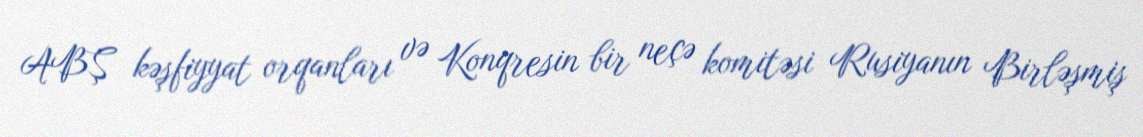
ABŞ kəşfiyyat orqanları və Konqresin bir neçə komitəsi Rusiyanın Birləşmiş